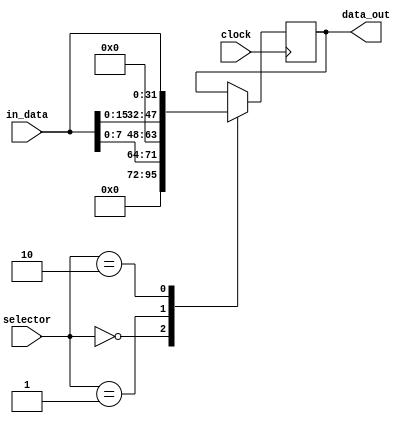
module load_decider (
    input wire clock,
    input wire [1:0] selector,
    input wire [31:0] in_data,
    output reg [31:0] data_out
);
    always @(posedge clock) begin
        case(selector)
            2'b00: data_out = { {24{1'b0}} , in_data[7:0] };//byte
            2'b01: data_out = { {16{1'b0}} , in_data[15:0] };//half word
            2'b10: data_out = in_data;//word
        endcase
    end  
endmodule